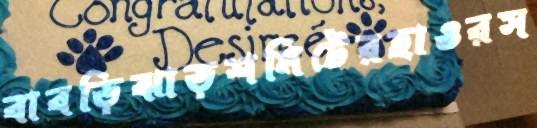
বাবড়িঝাড়শমিটেরহাওরস